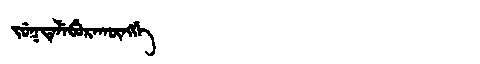
Manchu: ᠵᡠᡴᡨᡝᠯᡝᠪᡠᡵᠠᡴᡡᠩᡤᡝ
Romanization: JUKTELEBURAKŪNGGE